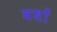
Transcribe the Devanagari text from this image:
वधों